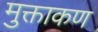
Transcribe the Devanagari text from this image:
मुक्ताकण